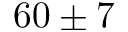
6 0 \pm 7